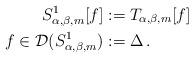
LaTeX: \begin{align*}S^1_{\alpha,\beta,m}[f]&:= T_{\alpha,\beta,m}[f] \\f\in \mathcal{D}(S^1_{\alpha,\beta,m})&:=\Delta\,. \end{align*}